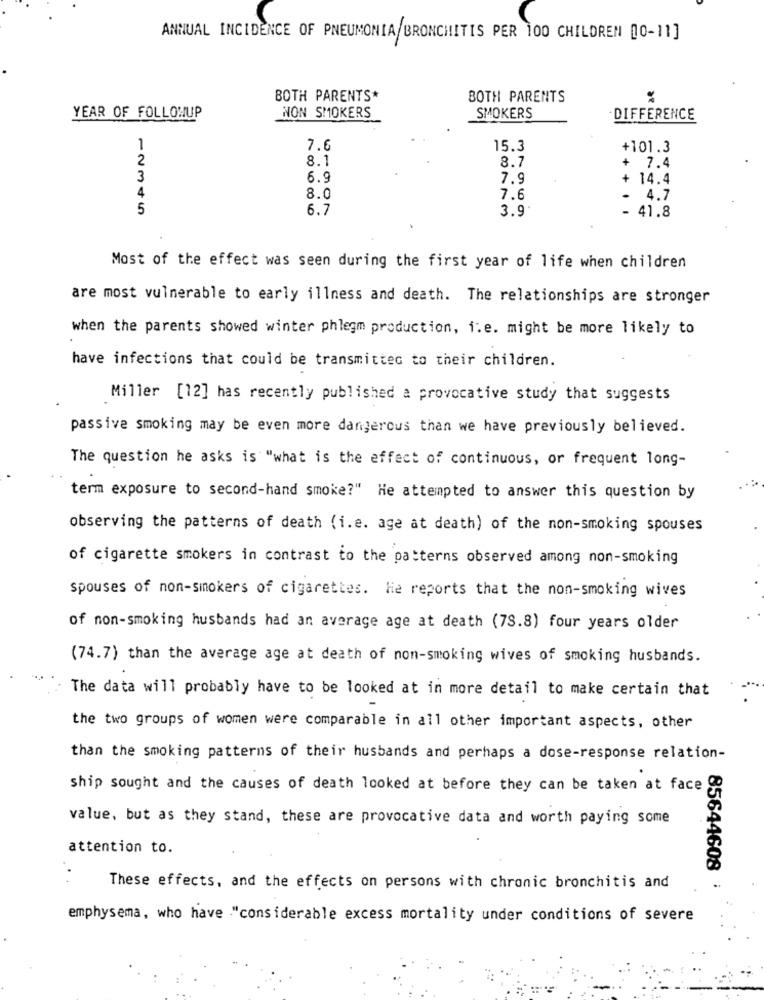
ANNUAL INCIDENCE OF PNEUMONIA BRONCHITIS PER 100 CHILDREN 00-11]
BOTH PARENTS*
BOTH PARENTS
NON SMOKERS
YEAR OF FOLLOWUP
SMOKERS
DIFFERENCE
1
7.6
15.3
+101.3
2
8.1
8.7
+ 7.4
3
6.9
7.9
+ 14.4
4
8.0
7.6
4.7
5
6.7
3.9
- 41.8
Most of the effect was seen during the first year of life when children
are most vulnerable to early illness and death. The relationships are stronger
when the parents showed winter phlegm production, i.e. might be more likely to
have infections that could be transmitted to their children.
Miller [12] has recently published a provocative study that suggests
passive smoking may be even more dangerous than we have previously believed.
The question he asks is "what is the effect of continuous, or frequent long-
term exposure to second-hand smoke?" He attempted to answer this question by
observing the patterns of death (i.e. age at death) of the non-smoking spouses
of cigarette smokers in contrast to the patterns observed among non-smoking
spouses of non-smokers of cigarettes. He reports that the non-smoking wives
of non-smoking husbands had an average age at death (78.8) four years older
(74.7) than the average age at death of non-smoking wives of smoking husbands.
The data will probably have to be looked at in more detail to make certain that
the two groups of women were comparable in all other important aspects, other
than the smoking patterns of their husbands and perhaps a dose-response relation-
ship sought and the causes of death looked at before they can be taken at face
value, but as they stand, these are provocative data and worth paying some
attention to.
85644608
These effects, and the effects on persons with chronic bronchitis and
emphysema, who have "considerable excess mortality under conditions of severe